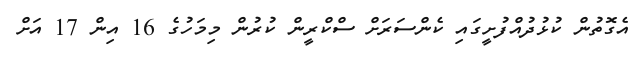
އެގޮތުން ކުޅުދުއްފުށީގައި ކެންސަރަށް ސްކްރީން ކުރުން މިމަހުގެ 16 އިން 17 އަށް